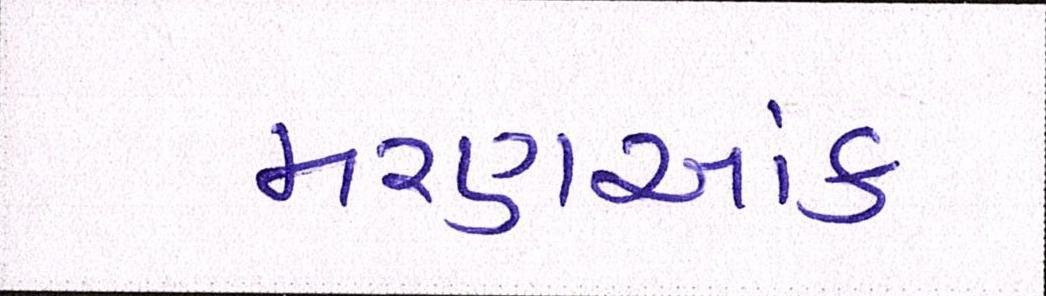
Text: મરણઆંક